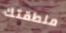
منطقتك